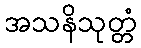
အသနိသုတ္တံ